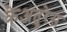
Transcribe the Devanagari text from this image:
क्रेअतुरेस